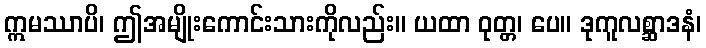
ဣမဿာပိ၊ ဤအမျိုးကောင်းသားကိုလည်း။ ယထာ ဝုတ္တ၊ ပေ။ ဒုကူလစ္ဆာဒနံ၊